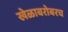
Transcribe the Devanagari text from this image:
खेळाबरोबरच